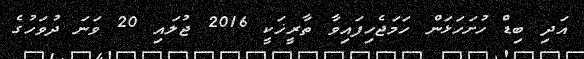
އަދި ބިޑް ހުށަހަޅަން ހަމަޖެހިފައިވާ ތާރީޚަކީ 2016 ޖުލައި 20 ވަނަ ދުވަހުގެ